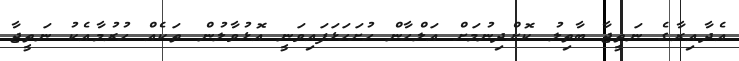
އެދާއިރާގެ ނަތީޖާ ބާތިލު ކޮށްދިނުމަށް އަލްހާން ހުށަހަޅަފައިވަނީ އޮޅުވާލުން ތަކެއް ހުރުމާއެކު ނަތީޖާ